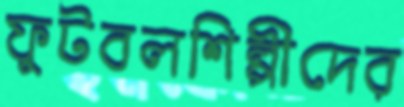
ফুটবলশিল্পীদের